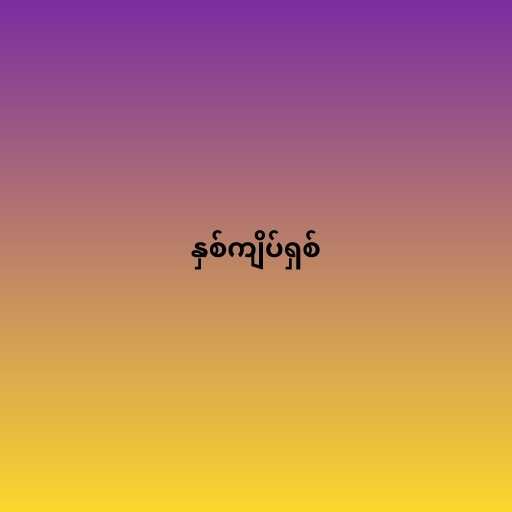
နှစ်ကျိပ်ရှစ်